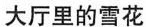
大厅里的雪花